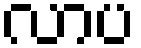
လာပ